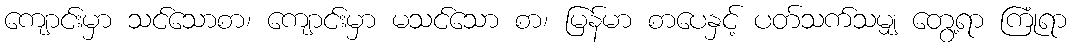
ကျောင်းမှာ သင်သောစာ၊ ကျောင်းမှာ မသင်သော စာ၊ မြန်မာ စာပေနှင့် ပတ်သက်သမျှ တွေ့ရာ ကြုံရာ